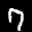
Label: 7